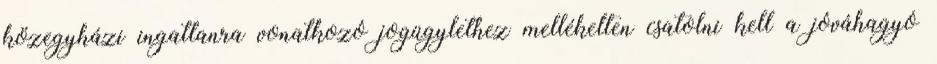
közegyházi ingatlanra vonatkozó jogügylethez mellékelten csatolni kell a jóváhagyó